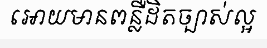
អោយមានពន្លឺដិតច្បាស់ល្អ